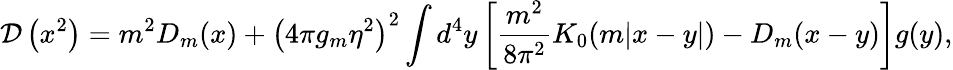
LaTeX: {\cal D}\left(x^{2}\right)=m^{2}D_{m}(x)+\left(4\pi g_{m}\eta^{2}\right)^{2}\int d^{4}y\left[\frac{m^{2}}{8\pi^{2}}K_{0}(m|x-y|)-D_{m}(x-y)\right]g(y),